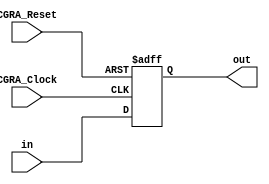
`timescale 1ns/1ps
module register_32b(CGRA_Clock, CGRA_Reset, in, out);
    parameter size = 32;
    // Specifying the ports
    input CGRA_Clock, CGRA_Reset;
    input [size-1:0] in;
    output reg [size-1:0] out;
    always @(posedge CGRA_Clock, posedge CGRA_Reset)
        if (CGRA_Reset == 1)
            out <= 0;
        else
            out <= in;
endmodule